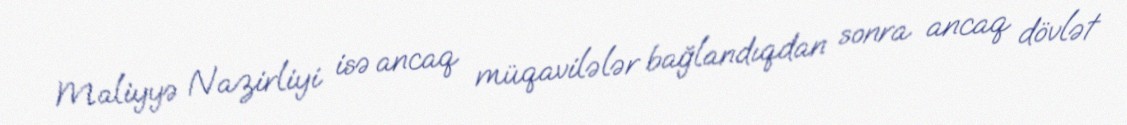
Maliyyə Nazirliyi isə ancaq müqavilələr bağlandıqdan sonra ancaq dövlət